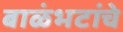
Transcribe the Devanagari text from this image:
बाळंभटांचे